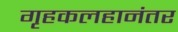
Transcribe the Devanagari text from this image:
गृहकलहानंतर